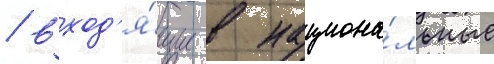
/ вход'я́щие в национа́льные